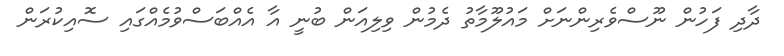
ދާދި ފަހުން ނޫސްވެރިންނަށް މައުލޫމާތު ދެމުން ވިލިއަން ބުނީ އާ އެއްބަސްވުމެއްގައި ސޮއިކުރަން